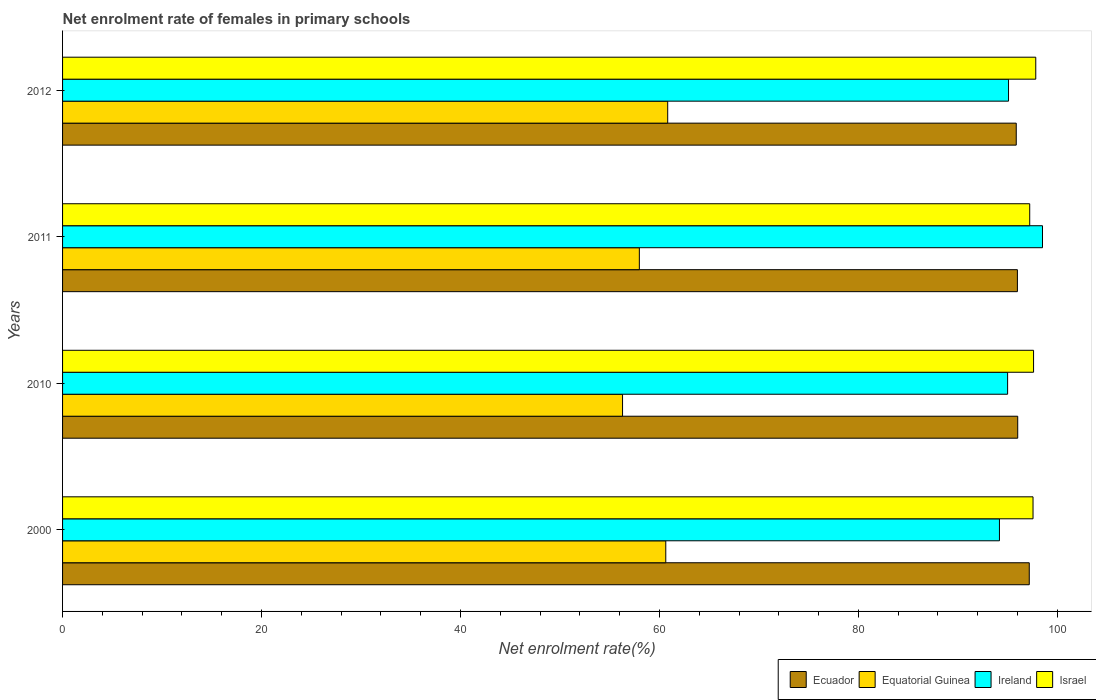
| Years | Ecuador | Equatorial Guinea | Ireland | Israel |
 | --- | --- | --- | --- | --- |
 | 2000 | 97.2 | 60.6 | 94.2 | 97.6 |
 | 2010 | 96 | 56.3 | 95 | 97.6 |
 | 2011 | 96 | 58 | 98.5 | 97.2 |
 | 2012 | 95.9 | 60.8 | 95.1 | 97.8 |